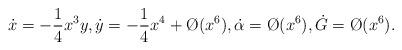
LaTeX: \begin{align*}\dot x = - \frac{1}{4} x^3 y ,\dot y = - \frac{1}{4} x^4 + \O(x^6),\dot \alpha = \O(x^6) , \dot G = \O(x^6).\end{align*}